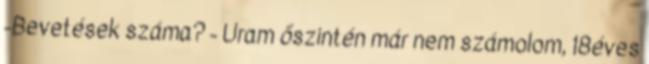
-Bevetések száma? - Uram őszintén már nem számolom, 18éves